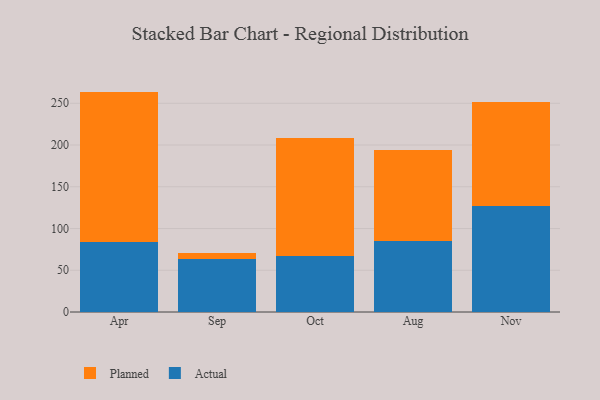
{"axis": {"x": "Month", "y": "Demand Index"}, "legend": ["Actual", "Planned"], "data": [{"x": "Apr", "y": 84.4, "type": "Actual"}, {"x": "Apr", "y": 179.6, "type": "Planned"}, {"x": "Sep", "y": 63.9, "type": "Actual"}, {"x": "Sep", "y": 6.7, "type": "Planned"}, {"x": "Oct", "y": 67.0, "type": "Actual"}, {"x": "Oct", "y": 141.8, "type": "Planned"}, {"x": "Aug", "y": 85.0, "type": "Actual"}, {"x": "Aug", "y": 108.5, "type": "Planned"}, {"x": "Nov", "y": 127.3, "type": "Actual"}, {"x": "Nov", "y": 124.6, "type": "Planned"}]}